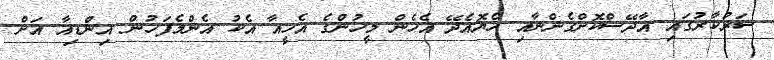
ސަރުކާރުގައި އާދޭސްކޮށްގެންނާއި ހެޔޮއެދޭ އެހެން މީހުންގެ އެހީއާ އެކު އެންމެފަހުން އިންޑިއާ އަށް